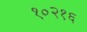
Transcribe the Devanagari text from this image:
१०२१६